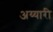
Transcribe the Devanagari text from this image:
अय्यारी